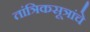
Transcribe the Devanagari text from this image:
तांत्रिकसूत्रांचे